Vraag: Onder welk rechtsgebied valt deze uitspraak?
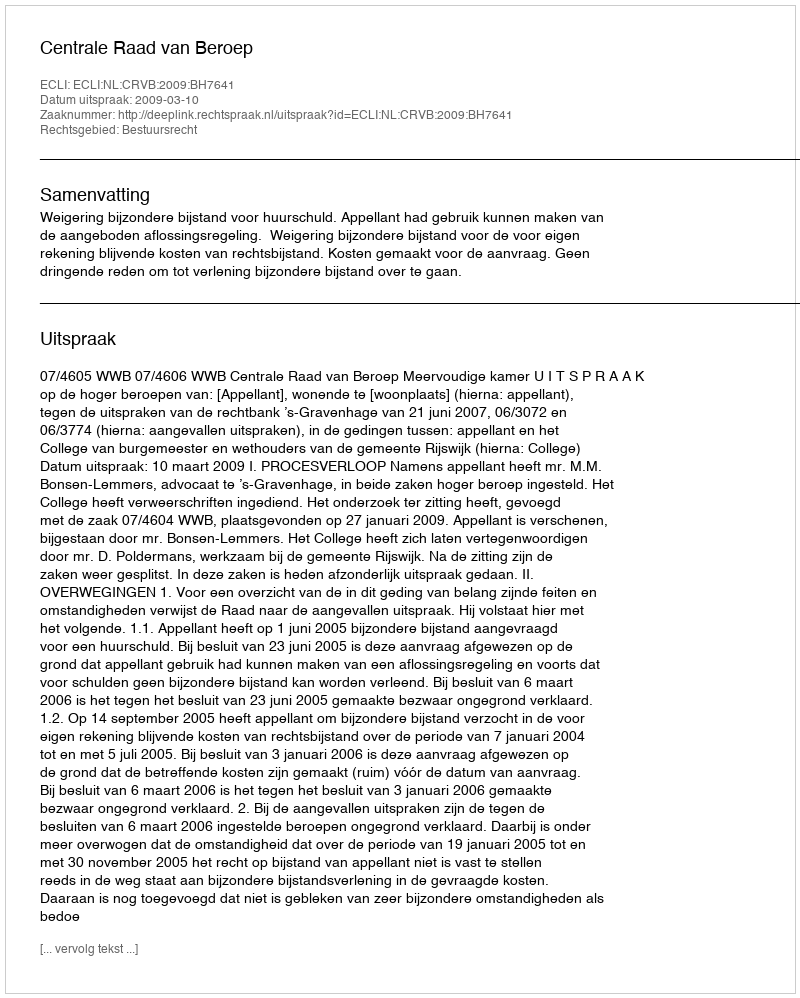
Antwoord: Bestuursrecht